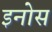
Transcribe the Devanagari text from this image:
इनोस